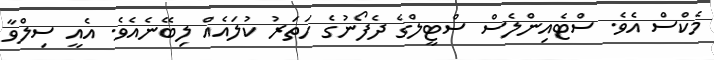
މެކްސް އެވެ. ސްޓެއިންލެސް ސްޓީލްގެ ދެފޯނުގެ ހަތަރު ކުލައެއް ލިބޭނެއެވެ. އެއީ ސިލްވާ